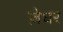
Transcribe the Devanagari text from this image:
ज़ेघर